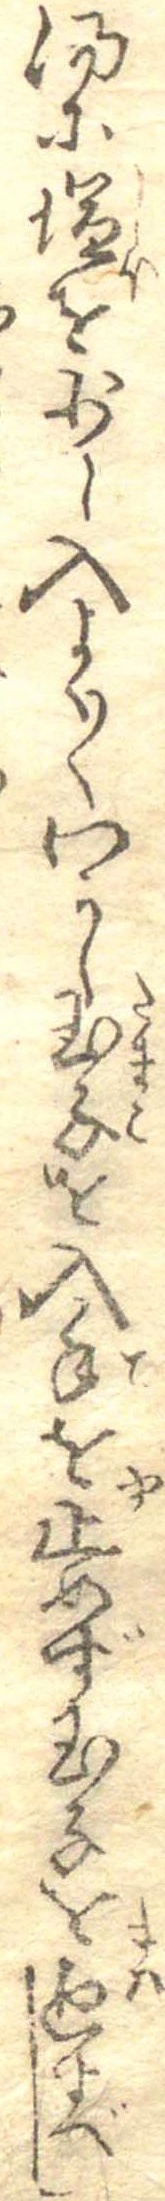
湯に塩を少し入よく〱わかし玉子を入手を止めず玉子を廻すべし